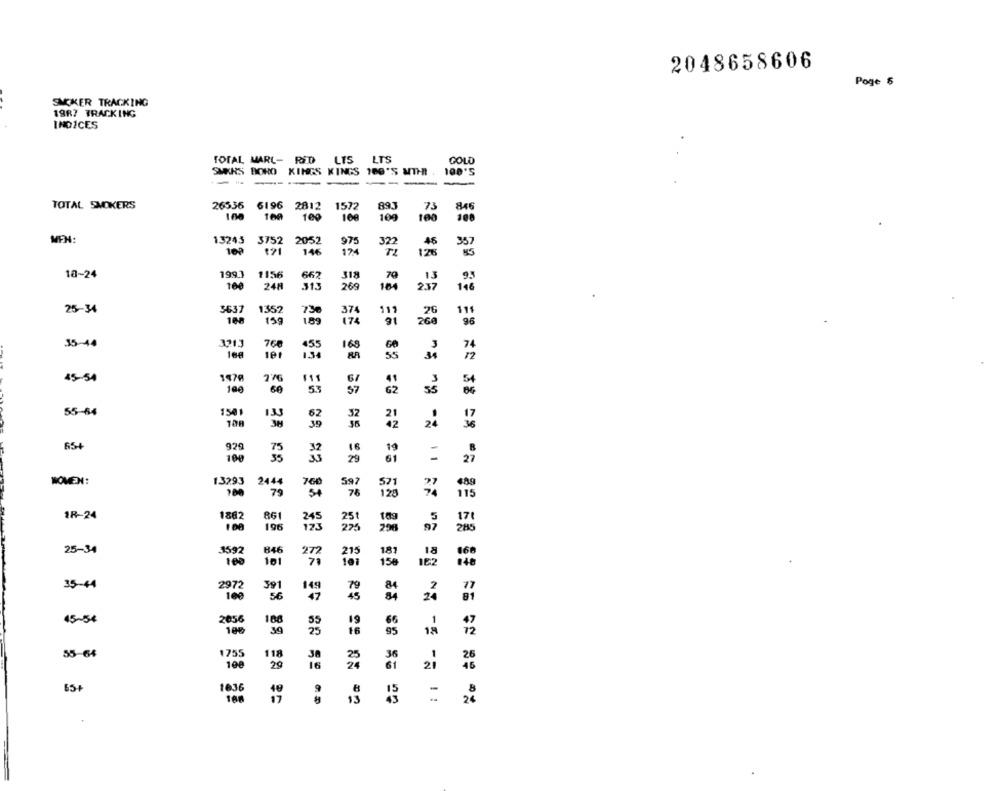
2048658606
Poge $
SAKER TRACKING
1987 TRACKING
INDICES
LIS LTS
TOTAL MARL- RED
GOLD
SAERS BORO KINGS KINGS 160'S WITH !!
00'S
-
TOTAL SMOKERS
26536 6196 2812
1572
893
73
846
100
100
100
100
10g
100
MEN:
13243 3752
2052
975
322
46
357
146
174
126
18-24
1993
1156
662
318
70
13
93
100
248
313
269
164
2.37
146
3637
1357
374
11,
25-34
736
11
108
159
1.89
174
268
96
35-44
3213
766
455
168
74
101
RA
55
45-54
1979
F11
6/
41
10g
57
62
60
5.3
55-64
1501
21
133
62
32
39
42
24
65
920
16
19
100
29
61
=
13293
2444
597
489
100
79
54
78
120
115
861
1R-24
1882
251
170
196
275
296
285
25-34
3592
846
215
187
18
168
100
101
101
150
182
140
35-44
2972
391
17
149
100
56
47
81
2056
45-54
188
19
66
1
100
34
95
72
55-64
1755
118
30
26
108
29
21
46
65+
1036
=
188
13
24